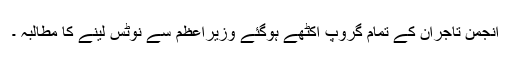
انجمن تاجران کے تمام گروپ اکٹھے ہوگئے وزیراعظم سے نوٹس لینے کا مطالبہ ۔